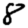
Digit: 8